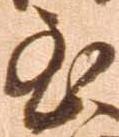
至